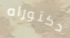
دكتوراه